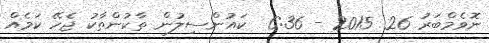
ނޮވެމްބަރު 26